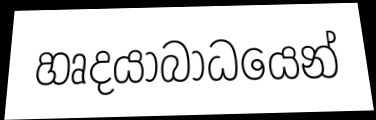
හෘදයාබාධයෙන්